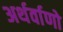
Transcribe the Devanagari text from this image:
अर्थर्वाणो